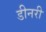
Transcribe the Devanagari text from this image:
डीनरी